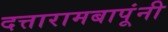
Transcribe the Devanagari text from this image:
दत्तारामबापूंनी